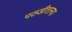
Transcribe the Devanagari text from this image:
पठडीतल्या